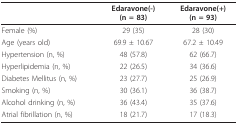
<table><thead><tr><td></td><td><b>Edaravone(-)(n = 83)</b></td><td><b>Edaravone(+)(n = 93)</b></td></tr></thead><tbody><tr><td>Female (%)</td><td>29 (35)</td><td>28 (30)</td></tr><tr><td>Age (years old)</td><td>69.9 ± 10.67</td><td>67.2 ± 10.49</td></tr><tr><td>Hypertension (n, %)</td><td>48 (57.8)</td><td>62 (66.7)</td></tr><tr><td>Hyperlipidemia (n, %)</td><td>22 (26.5)</td><td>34 (36.6)</td></tr><tr><td>Diabetes Mellitus (n, %)</td><td>23 (27.7)</td><td>25 (26.9)</td></tr><tr><td>Smoking (n, %)</td><td>30 (36.1)</td><td>36 (38.7)</td></tr><tr><td>Alcohol drinking (n, %)</td><td>36 (43.4)</td><td>35 (37.6)</td></tr><tr><td>Atrial fibrillation (n, %)</td><td>18 (21.7)</td><td>17 (18.3)</td></tr></tbody></table>